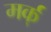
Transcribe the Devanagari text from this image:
मर्क्